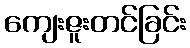
ကျေးဇူးတင်ခြင်း